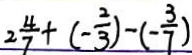
2 \frac { 4 } { 7 } + ( - \frac { 2 } { 3 } ) - ( - \frac { 3 } { 7 } )